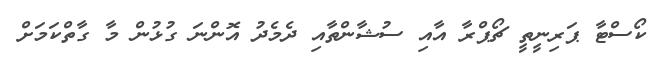
ކޯސްޓާ ޕަރިނީތީ ޗޯޕްރާ އާއި ސުޝާންތާއި ދެމެދު އޮންނަ ގުޅުން މާ ގާތްކަމަށް